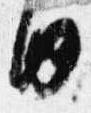
内